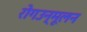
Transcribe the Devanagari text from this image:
रोगउन्मूलन